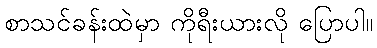
စာသင်ခန်းထဲမှာ ကိုရီးယားလို ပြောပါ။